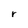
Character: r